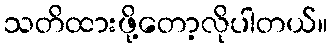
သတိထားဖို့တော့လိုပါတယ်။